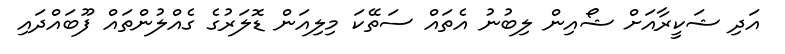
އަދި ޝަކީރާއަށް ޝޯއިން ލިބުނު އެތައް ސަތޭކަ މިލިއަން ޑޮލަރުގެ ގެއްލުންތައް ފޫބައްދައި